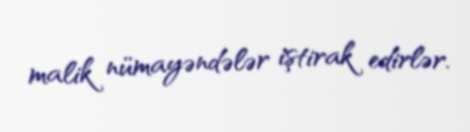
malik nümayəndələr iştirak edirlər.